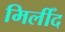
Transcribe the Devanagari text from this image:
मिलीँद